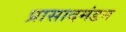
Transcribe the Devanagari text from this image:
प्रासादमंडन